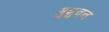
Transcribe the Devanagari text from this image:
मुशुवन